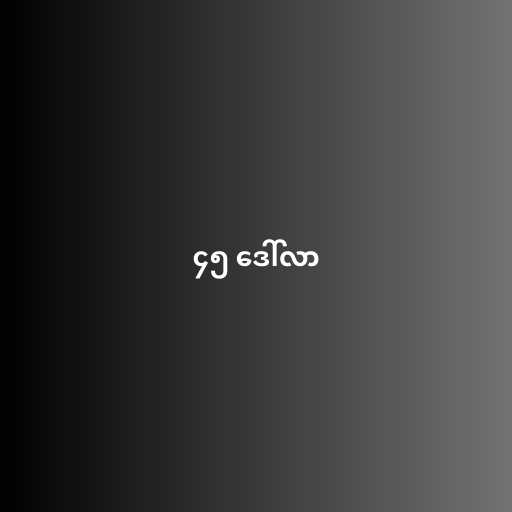
၄၅ ဒေါ်လာ